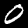
Digit: 0